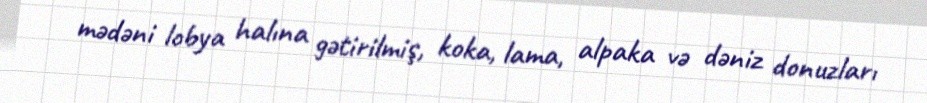
mədəni lobya halına gətirilmiş, koka, lama, alpaka və dəniz donuzları